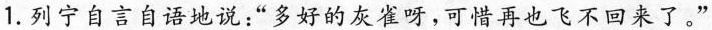
1.列宁自言自语地说：”多好的灰雀呀，可惜再也飞不回来了。”